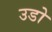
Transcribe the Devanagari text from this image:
उडो